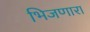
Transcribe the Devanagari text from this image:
भिजणारा